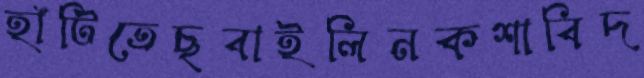
হাঁটিতেছবাইলিনকশাবিদ